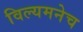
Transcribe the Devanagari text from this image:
विल्यमनेच